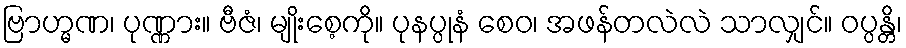
ဗြာဟ္မဏ၊ ပုဏ္ဏား။ ဗီဇံ၊ မျိုးစေ့ကို။ ပုနပ္ပုနံ စေဝ၊ အဖန်တလဲလဲ သာလျှင်။ ဝပ္ပန္တိ၊